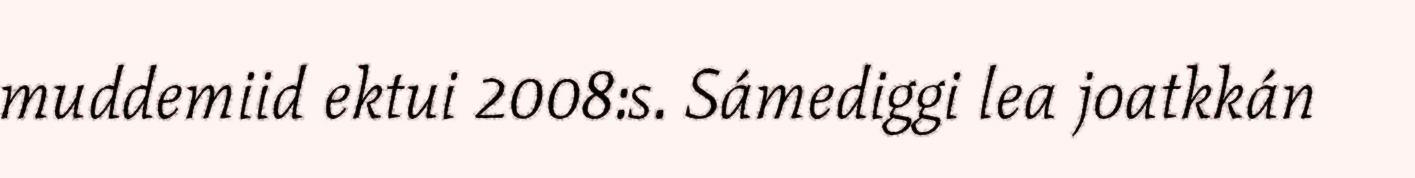
muddemiid ektui 2008:s. Sámediggi lea joatkkán